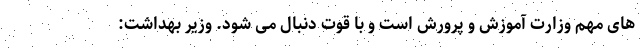
های مهم وزارت آموزش و پرورش است و با قوت دنبال می شود. وزیر بهداشت: